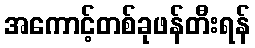
အကောင့်တစ်ခုဖန်တီးရန်